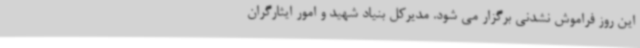
این روز فراموش نشدنی برگزار می شود. مدیرکل بنیاد شهید و امور ایثارگران